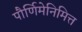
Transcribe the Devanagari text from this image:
पौर्णिमेनिमित्त